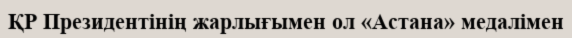
ҚР Президентінің жарлығымен ол «Астана» медалімен